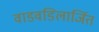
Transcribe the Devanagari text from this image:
वाडवडिलार्जित